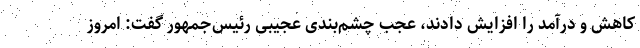
کاهش و درآمد را افزایش دادند، عجب چشم‌بندی عجیبی رئیس‌جمهور گفت: امروز